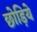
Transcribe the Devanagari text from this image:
छोड़िये